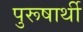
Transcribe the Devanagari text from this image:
पुरूषार्थी